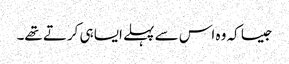
جیسا کہ وہ اس سے پہلے ایسا ہی کرتے تھے۔